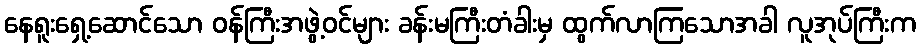
နေရူးရှေ့ဆောင်သော ဝန်ကြီးအဖွဲ့ဝင်များ ခန်းမကြီးတံခါးမှ ထွက်လာကြသောအခါ လူအုပ်ကြီးက